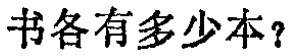
书各有多少本？